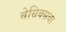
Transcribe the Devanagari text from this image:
वेसिक्सचा